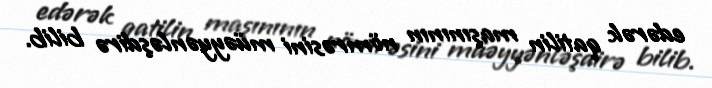
edərək qatilin maşınının nömrəsini müəyyənləşdirə bilib.